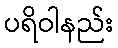
ပရိဝါနည်း